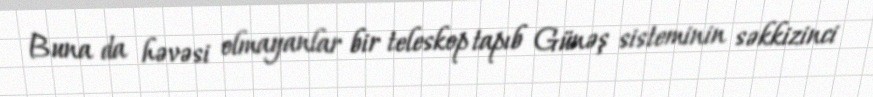
Buna da həvəsi olmayanlar bir teleskop tapıb Günəş sisteminin səkkizinci